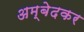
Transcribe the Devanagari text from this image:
अम्बेदकर